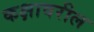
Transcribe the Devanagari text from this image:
कक्षावरील